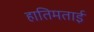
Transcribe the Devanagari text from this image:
हातिमताई